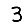
Digit: 3